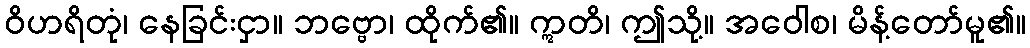
ဝိဟရိတုံ၊ နေခြင်းငှာ။ ဘဗ္ဗော၊ ထိုက်၏။ ဣတိ၊ ဤသို့။ အဝေါစ၊ မိန့်တော်မူ၏။